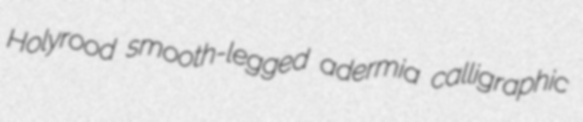
Holyrood smooth-legged adermia calligraphic